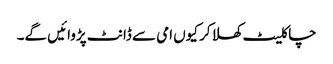
چاکلیٹ کھلا کر کیوں امی سے ڈانٹ پڑوائیں گے۔